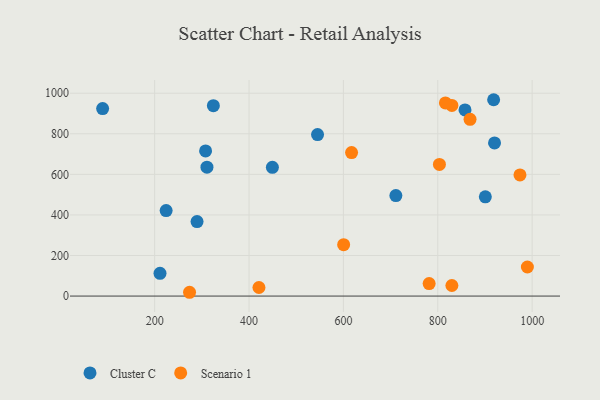
{"axis": {"x": "Experience", "y": "Exam Score"}, "legend": ["Cluster C", "Scenario 1"], "data": [{"x": "711.2", "y": 495.6, "type": "Cluster C"}, {"x": "918.4", "y": 967.9, "type": "Cluster C"}, {"x": "920.3", "y": 754.8, "type": "Cluster C"}, {"x": "211.3", "y": 112.0, "type": "Cluster C"}, {"x": "307.9", "y": 715.7, "type": "Cluster C"}, {"x": "89.7", "y": 924.3, "type": "Cluster C"}, {"x": "900.8", "y": 489.3, "type": "Cluster C"}, {"x": "224.3", "y": 421.5, "type": "Cluster C"}, {"x": "449.5", "y": 634.6, "type": "Cluster C"}, {"x": "310.8", "y": 635.2, "type": "Cluster C"}, {"x": "857.7", "y": 917.8, "type": "Cluster C"}, {"x": "289.8", "y": 367.4, "type": "Cluster C"}, {"x": "545.2", "y": 795.9, "type": "Cluster C"}, {"x": "324.4", "y": 938.6, "type": "Cluster C"}, {"x": "829.9", "y": 52.1, "type": "Scenario 1"}, {"x": "868.4", "y": 871.2, "type": "Scenario 1"}, {"x": "273.9", "y": 18.7, "type": "Scenario 1"}, {"x": "974.2", "y": 597.3, "type": "Scenario 1"}, {"x": "617.3", "y": 707.2, "type": "Scenario 1"}, {"x": "829.9", "y": 939.7, "type": "Scenario 1"}, {"x": "421.0", "y": 42.2, "type": "Scenario 1"}, {"x": "989.9", "y": 143.3, "type": "Scenario 1"}, {"x": "600.5", "y": 253.5, "type": "Scenario 1"}, {"x": "803.5", "y": 648.9, "type": "Scenario 1"}, {"x": "816.2", "y": 952.3, "type": "Scenario 1"}, {"x": "781.7", "y": 61.8, "type": "Scenario 1"}]}